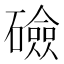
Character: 礆